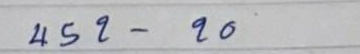
452 - 20